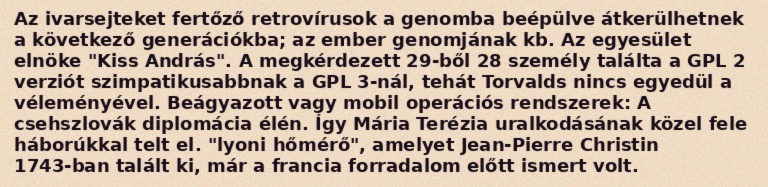
Az ivarsejteket fertőző retrovírusok a genomba beépülve átkerülhetnek a következő generációkba; az ember genomjának kb. Az egyesület elnöke "Kiss András". A megkérdezett 29-ből 28 személy találta a GPL 2 verziót szimpatikusabbnak a GPL 3-nál, tehát Torvalds nincs egyedül a véleményével. Beágyazott vagy mobil operációs rendszerek: A csehszlovák diplomácia élén. Így Mária Terézia uralkodásának közel fele háborúkkal telt el. "lyoni hőmérő", amelyet Jean-Pierre Christin 1743-ban talált ki, már a francia forradalom előtt ismert volt.